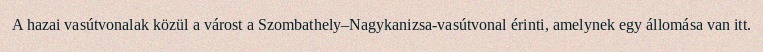
A hazai vasútvonalak közül a várost a Szombathely–Nagykanizsa-vasútvonal érinti, amelynek egy állomása van itt.